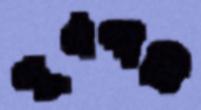
পূর্ণপানি